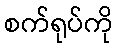
စက်ရုပ်ကို